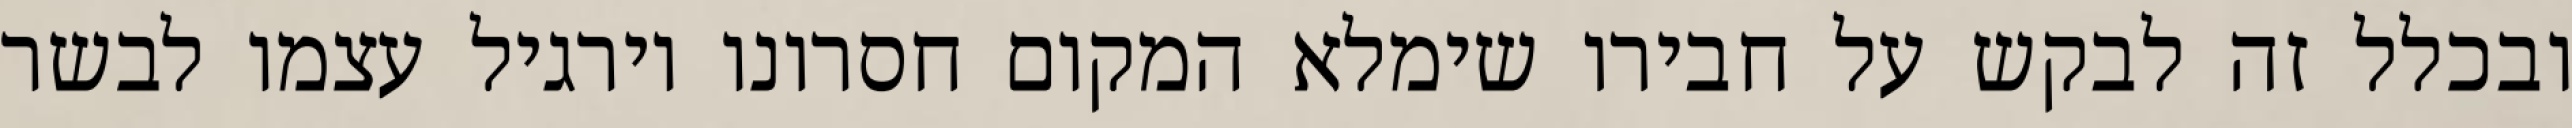
ובכלל זה לבקש על חבירו שימלא המקום חסרונו וירגיל עצמו לבשר